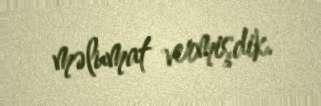
məlumat vermişdik.